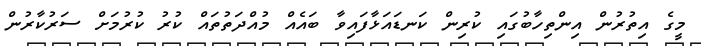
މީގެ އިތުރުން އިންތިހާބުގައި ކުރިން ކަނޑައަޅާފައިވާ ބައެއް މުއްދަތުތައް ކުރު ކުރުމަށް ސަރުކާރުން